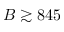
B \gtrsim 8 4 5